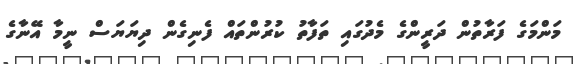
މަންމަގެ ފަރާތުން ދަރީންގެ މެދުގައި ތަފާތު ކުރުންތައް ފެނިގެން ދިޔަޔަސް ނީމާ އޭނާގެ